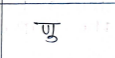
मजकूर: णु